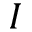
I